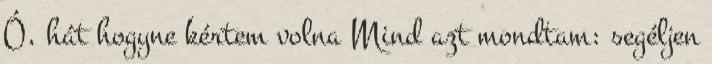
Ó, hát hogyne kértem volna Mind azt mondtam: segéljen